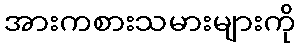
အားကစားသမားများကို